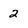
Character: 2